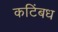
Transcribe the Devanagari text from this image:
कटिंबध